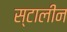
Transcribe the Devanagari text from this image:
स्टालीन